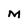
Character: M